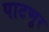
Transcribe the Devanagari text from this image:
पाटणूर